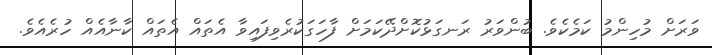
ވަރަށް މުހިންމު ކަމެކެވެ. ބުންވަރު ރަނގަޅުކޮށްދޭކަމަށް ފާހަގަކުރެވިފައިވާ އެތައް އެތައް ކާނާއެއް ހުރެއެވެ.